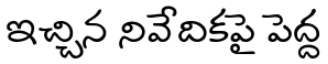
ఇచ్చిన నివేదికపై పెద్ద